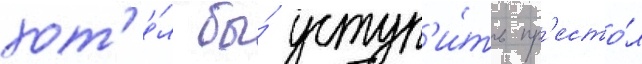
хот'е́л бы́ уступ'и́ть пр'есто́л